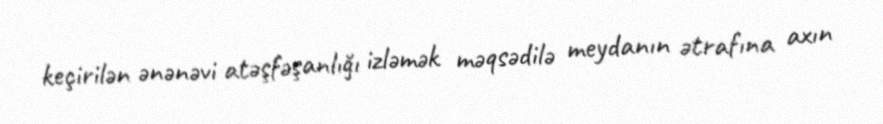
keçirilən ənənəvi atəşfəşanlığı izləmək məqsədilə meydanın ətrafına axın